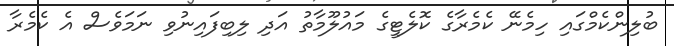
ބުލިންކެމްގައި ހިމެނޭ ކެމެރާގެ ކޮލެޓީގެ މައުލޫމާތު އަދި ލިބިފައިނުވި ނަމަވެސް އެ ކެމެރާ